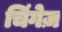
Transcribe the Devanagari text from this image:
चिंगेज़